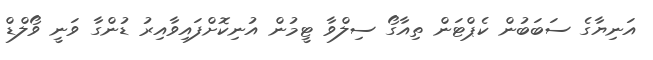
އަނިޔާގެ ސަބަބުން ކެޕްޓަން ތިއާގޯ ސިލްވާ ޓީމުން އުނިކޮށްފައިވާއިރު ޑުންގާ ވަނީ ވޯލްޑް